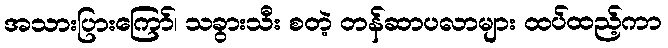
အသားပြားကြော်၊ သခွားသီး စတဲ့ တန်ဆာပလာများ ထပ်ထည့်ကာ